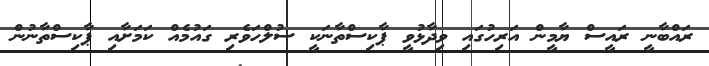
ރައްބާނީ ރައީސް ޔާމީން އަރިހުގައި ވިދާޅުވީ ޕާކިސްތާނަކީ ސުލްހަވެރި ގައުމެއް ކަމަށާއި ޕާކިސްތާނުން